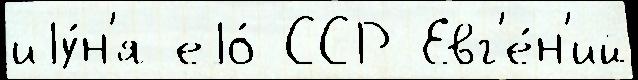
иjу́н'я еjо́ ССР Евг'е́н'ий